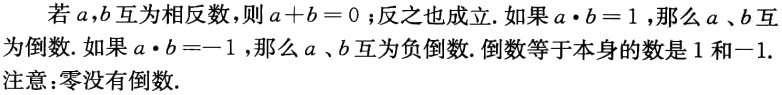
若\(a,b\)互为相反数，则\(a + b = 0\)；反之也成立. 如果\(a\cdot b = 1\)，那么\(a\)、\(b\)互为倒数. 如果\(a\cdot b=-1\)，那么\(a\)、\(b\)互为负倒数. 倒数等于本身的数是\(1\)和\(-1\).
注意：零没有倒数.